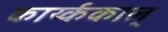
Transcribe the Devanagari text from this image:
कार्य्ककाल्